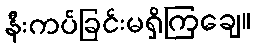
နီးကပ်ခြင်းမရှိကြချေ။